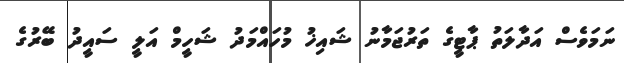
ނަމަވެސް އަދާލަތު ޕާޓީގެ ތަރުޖަމާނު ޝައިޚު މުހައްމަދު ޝަހީމް އަލީ ސައީދު ބޭރުގެ